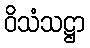
ဝိသံသဋ္ဌာ